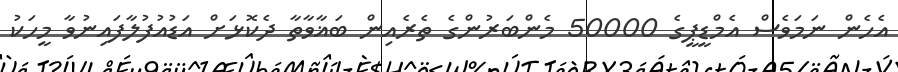
އެހެން ނަމަވެސް އެމްޑީޕީގެ 50000 މެންބަރުންގެ ތެރެއިން ބަޣާވާތާ ދެކޮޅަށް އަޑުއުފުލާފައިނުވާ މީހަކު